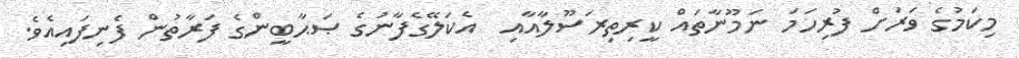
މިކަމުގެ ވަރަށް ފުރިހަމަ ނަމޫނާތައް ކީރިތިރަސޫލާއާއި  އެކަލޭގެފާނުގެ ޞަޙާބީންގެ ފަރާތުން ފެނިފައިއެވެ.